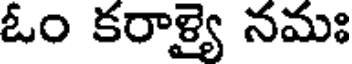
ఓం కరాళ్యై నమః